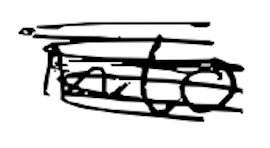
Text: into
Cross-out: scratch
Writing tool: digital_black